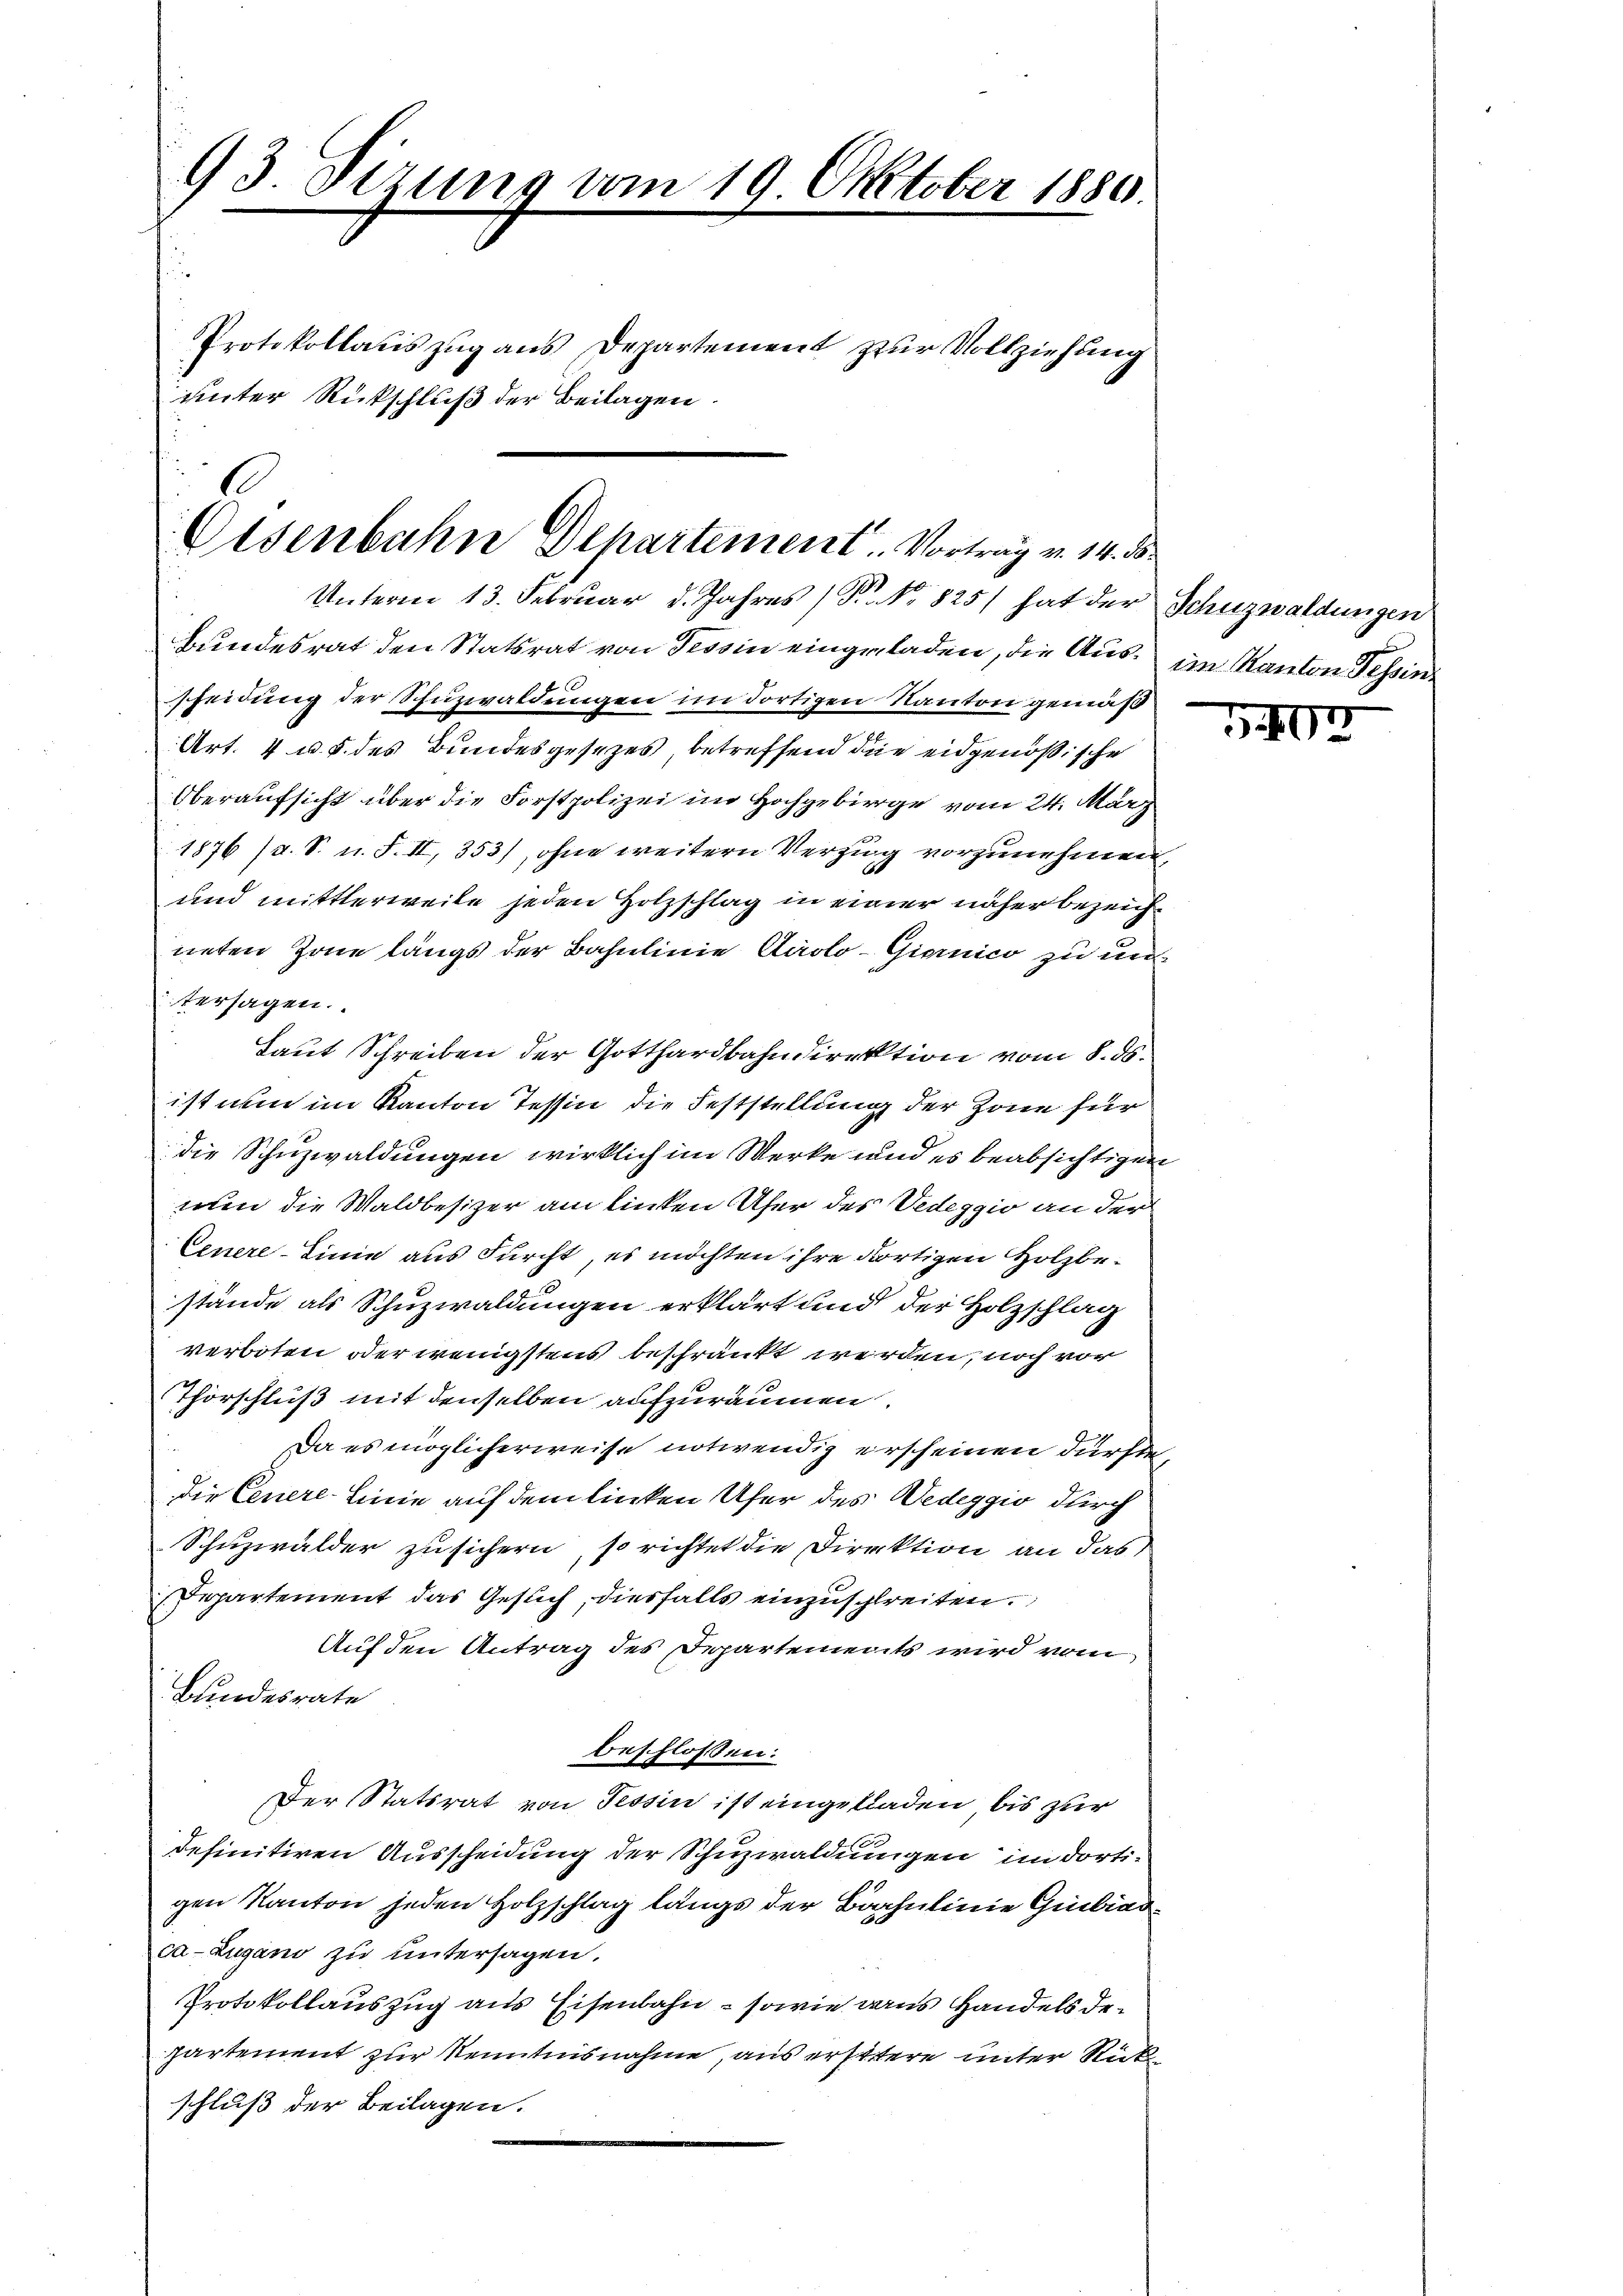
93 Sitzung vom 19. Oktober 1880.
d
Protokollatis zug aus Departement zur Vollziehung
unter Rückschluß der Beilagen.

Eisenbahn Departement. Vortrag v. 14. ds
Unterm 13. Februar d. Jahres (T. No 825 hat der Schuzwaldungen

Bundesrat den Statsrat von Tessin eingeladen, die Aus- im Kanton Tessin
scheidung der Schuzwaldungen im dortigen Kanton gemäß
Art. 4 u. s. des Bundesgesezes, betreffend die eidgenößische
Oberaufsicht über die Forstpolizei im Hochgebirge vom 24. März
1876 /d. S. u. F. II, 353), ohne weitern Verzug vorzunehmen,
und mittlerweile jeden Holzschlag in einer näher bezeichneten Zone längs der Bahnlinie Airolo -Giornico zu untersagen.
Laut Schreiben der Gotthardbahndirektion vom 8. ds.
ist nun im Kanton Tessin die Feststellung der Zone für
die Schuzwaldungen wirklich im Werke und es beabsichtigen
nun die Waldbesizer am linken Ufer des Vedeggio an der
Cenere-Linie aus Furcht, es möchten ihre dortigen Holzbestände als Schuzwaldungen erklärt und der Holzschlag
verboten oder wenigstens beschränkt werden, noch vor
Thorschluß mit denselben aufzuräumen.
Da es möglicherweise notwendig erscheinen dürfte,
die Cenere-Linie auf dem linken Ufer des Dedeggio durch
Schuzwälder zusichern, so richtet die Direktion an das
Departement das Gesuch, diesfalls einzuschreiten.
Auf den Antrag des Departements wird vom
Bundesrate
beschlossen:
Der Statsrat von Tessin ist eingekladen bis zur
definitiven Ausscheidung der Schuzwaldungen in dorti-
gen Kanton jeden Holzschlag längs der Barhulinie Giubiarca-Zugano zu untersagen.
Protokollauszug aus Eisenbahn - sowie aus Handels departement zur Kenntnisnahme, aus erstere unter Rückschluß der Beilagen.

5407